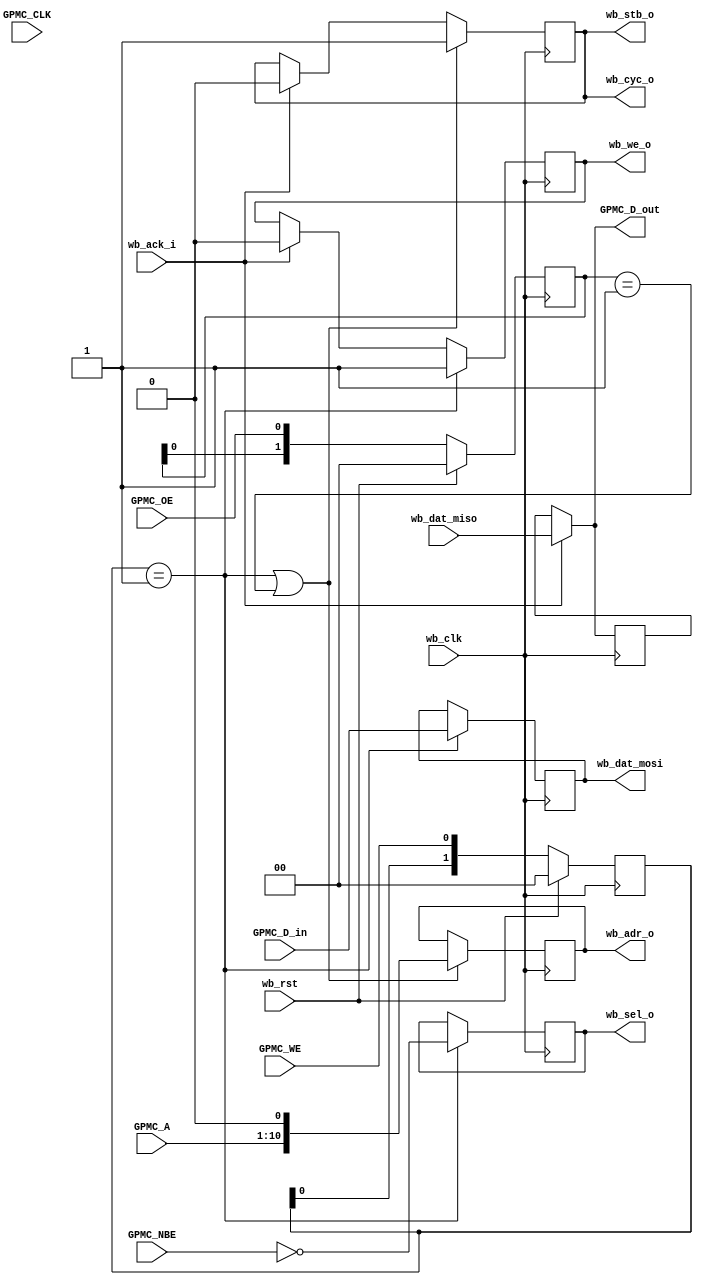
module gpmc_wb (
      input         GPMC_CLK,
      input  [15:0] GPMC_D_in,
      output [15:0] GPMC_D_out,
      input  [10:1] GPMC_A,
      input  [1:0]  GPMC_NBE,
      input         GPMC_WE,
      input         GPMC_OE,
   
      input         wb_clk,
      input         wb_rst,
      output [10:0] wb_adr_o,
      output [15:0] wb_dat_mosi,
      input  [15:0] wb_dat_miso,
      output  [1:0] wb_sel_o,
      output        wb_cyc_o,
      output        wb_stb_o,
      output        wb_we_o,
      input         wb_ack_i
   );
   
   // ////////////////////////////////////////////
   // Control Path, Wishbone bus bridge (wb master)
   reg [1:0] we_del, oe_del;

   // Synchronize the async control signals
   always @(posedge wb_clk)
      if (wb_rst) begin
         we_del <= 2'b0;
         oe_del <= 2'b0;
      end
      else begin
         we_del <= {we_del[0], GPMC_WE};
         oe_del <= {oe_del[0], GPMC_OE};
      end

   wire writing = we_del == 2'b01;
   wire reading = oe_del == 2'b01;

   always @(posedge wb_clk)
      if(writing || reading)
         wb_adr_o <= {GPMC_A, 1'b0};

   always @(posedge wb_clk)
      if(writing)
      begin
         wb_dat_mosi <= GPMC_D_in;
         wb_sel_o <= ~GPMC_NBE;
      end

   reg [15:0] GPMC_D_hold;
   
   always @(posedge wb_clk)
      if(wb_ack_i)
         GPMC_D_hold <= wb_dat_miso;

   assign GPMC_D_out = wb_ack_i ? wb_dat_miso : GPMC_D_hold;
   
   assign wb_cyc_o = wb_stb_o;

   always @(posedge wb_clk)
      if(writing)
         wb_we_o <= 1;
      else if(wb_ack_i)  // Turn off we when done.  Could also use we_del[0], others...
         wb_we_o <= 0;

   always @(posedge wb_clk)
      if(writing || reading)
         wb_stb_o <= 1;
      else if(wb_ack_i)
         wb_stb_o <= 0;
   
endmodule